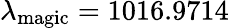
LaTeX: \lambda_{\mathrm{magic}}=1016.9714